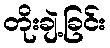
တိုးချဲ့ခြင်း